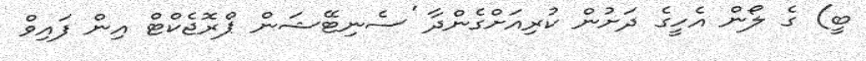
ބީ) ގެ ލޯން އެހީގެ ދަށުން ކުރިއަށްގެންދާ 'ސެނިޓޭޝަން ޕްރޮޖެކްޓް އިން ފައިވް